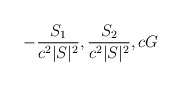
\begin{align*}-{S_1\over c^2|S|^2},{S_2\over c^2|S|^2},cG\end{align*}